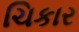
ચિકાર